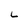
Character: L